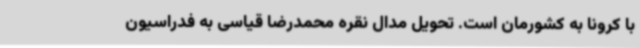
با کرونا به کشورمان است. تحویل مدال نقره محمدرضا قیاسی به فدراسیون